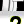
Digit: 2